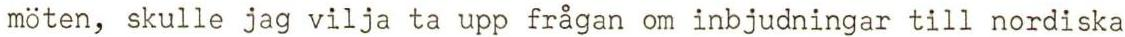
möten, skulle jag vilja ta upp frågan om inbjudningar till nordiska